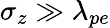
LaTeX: \sigma_{z}\gg\lambda_{pe}